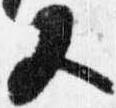
又